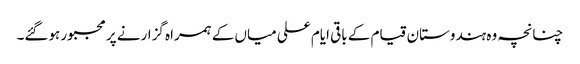
چنانچہ وہ ہندوستان قیام کے باقی ایام علی میاں کے ہمراہ گزارنے پر مجبور ہوگئے۔